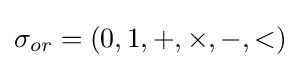
\sigma _{or}=(0,1,+,\times ,-,<)